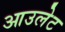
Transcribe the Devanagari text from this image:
आउलेट